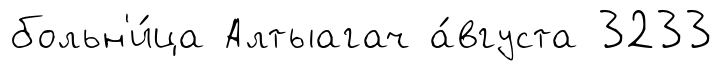
больн'и́ца Алтыагач а́вгуста 3233